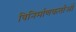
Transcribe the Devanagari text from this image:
विनिर्माणकर्ताओं